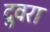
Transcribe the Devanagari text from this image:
दुवरा